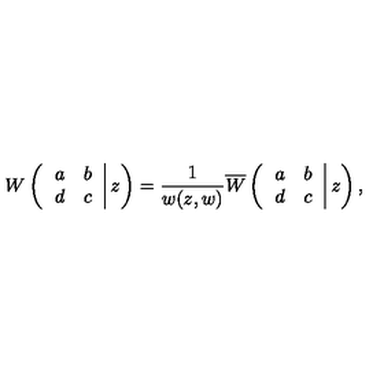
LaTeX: W \left( \left. \begin{array} { c c } { a } & { b } \\ { d } & { c } \\ \end{array} \right| z \right) = \frac { 1 } { w ( z , w ) } \overline { { W } } \left( \left. \begin{array} { c c } { a } & { b } \\ { d } & { c } \\ \end{array} \right| z \right) ,